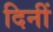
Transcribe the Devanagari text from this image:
दिनीं